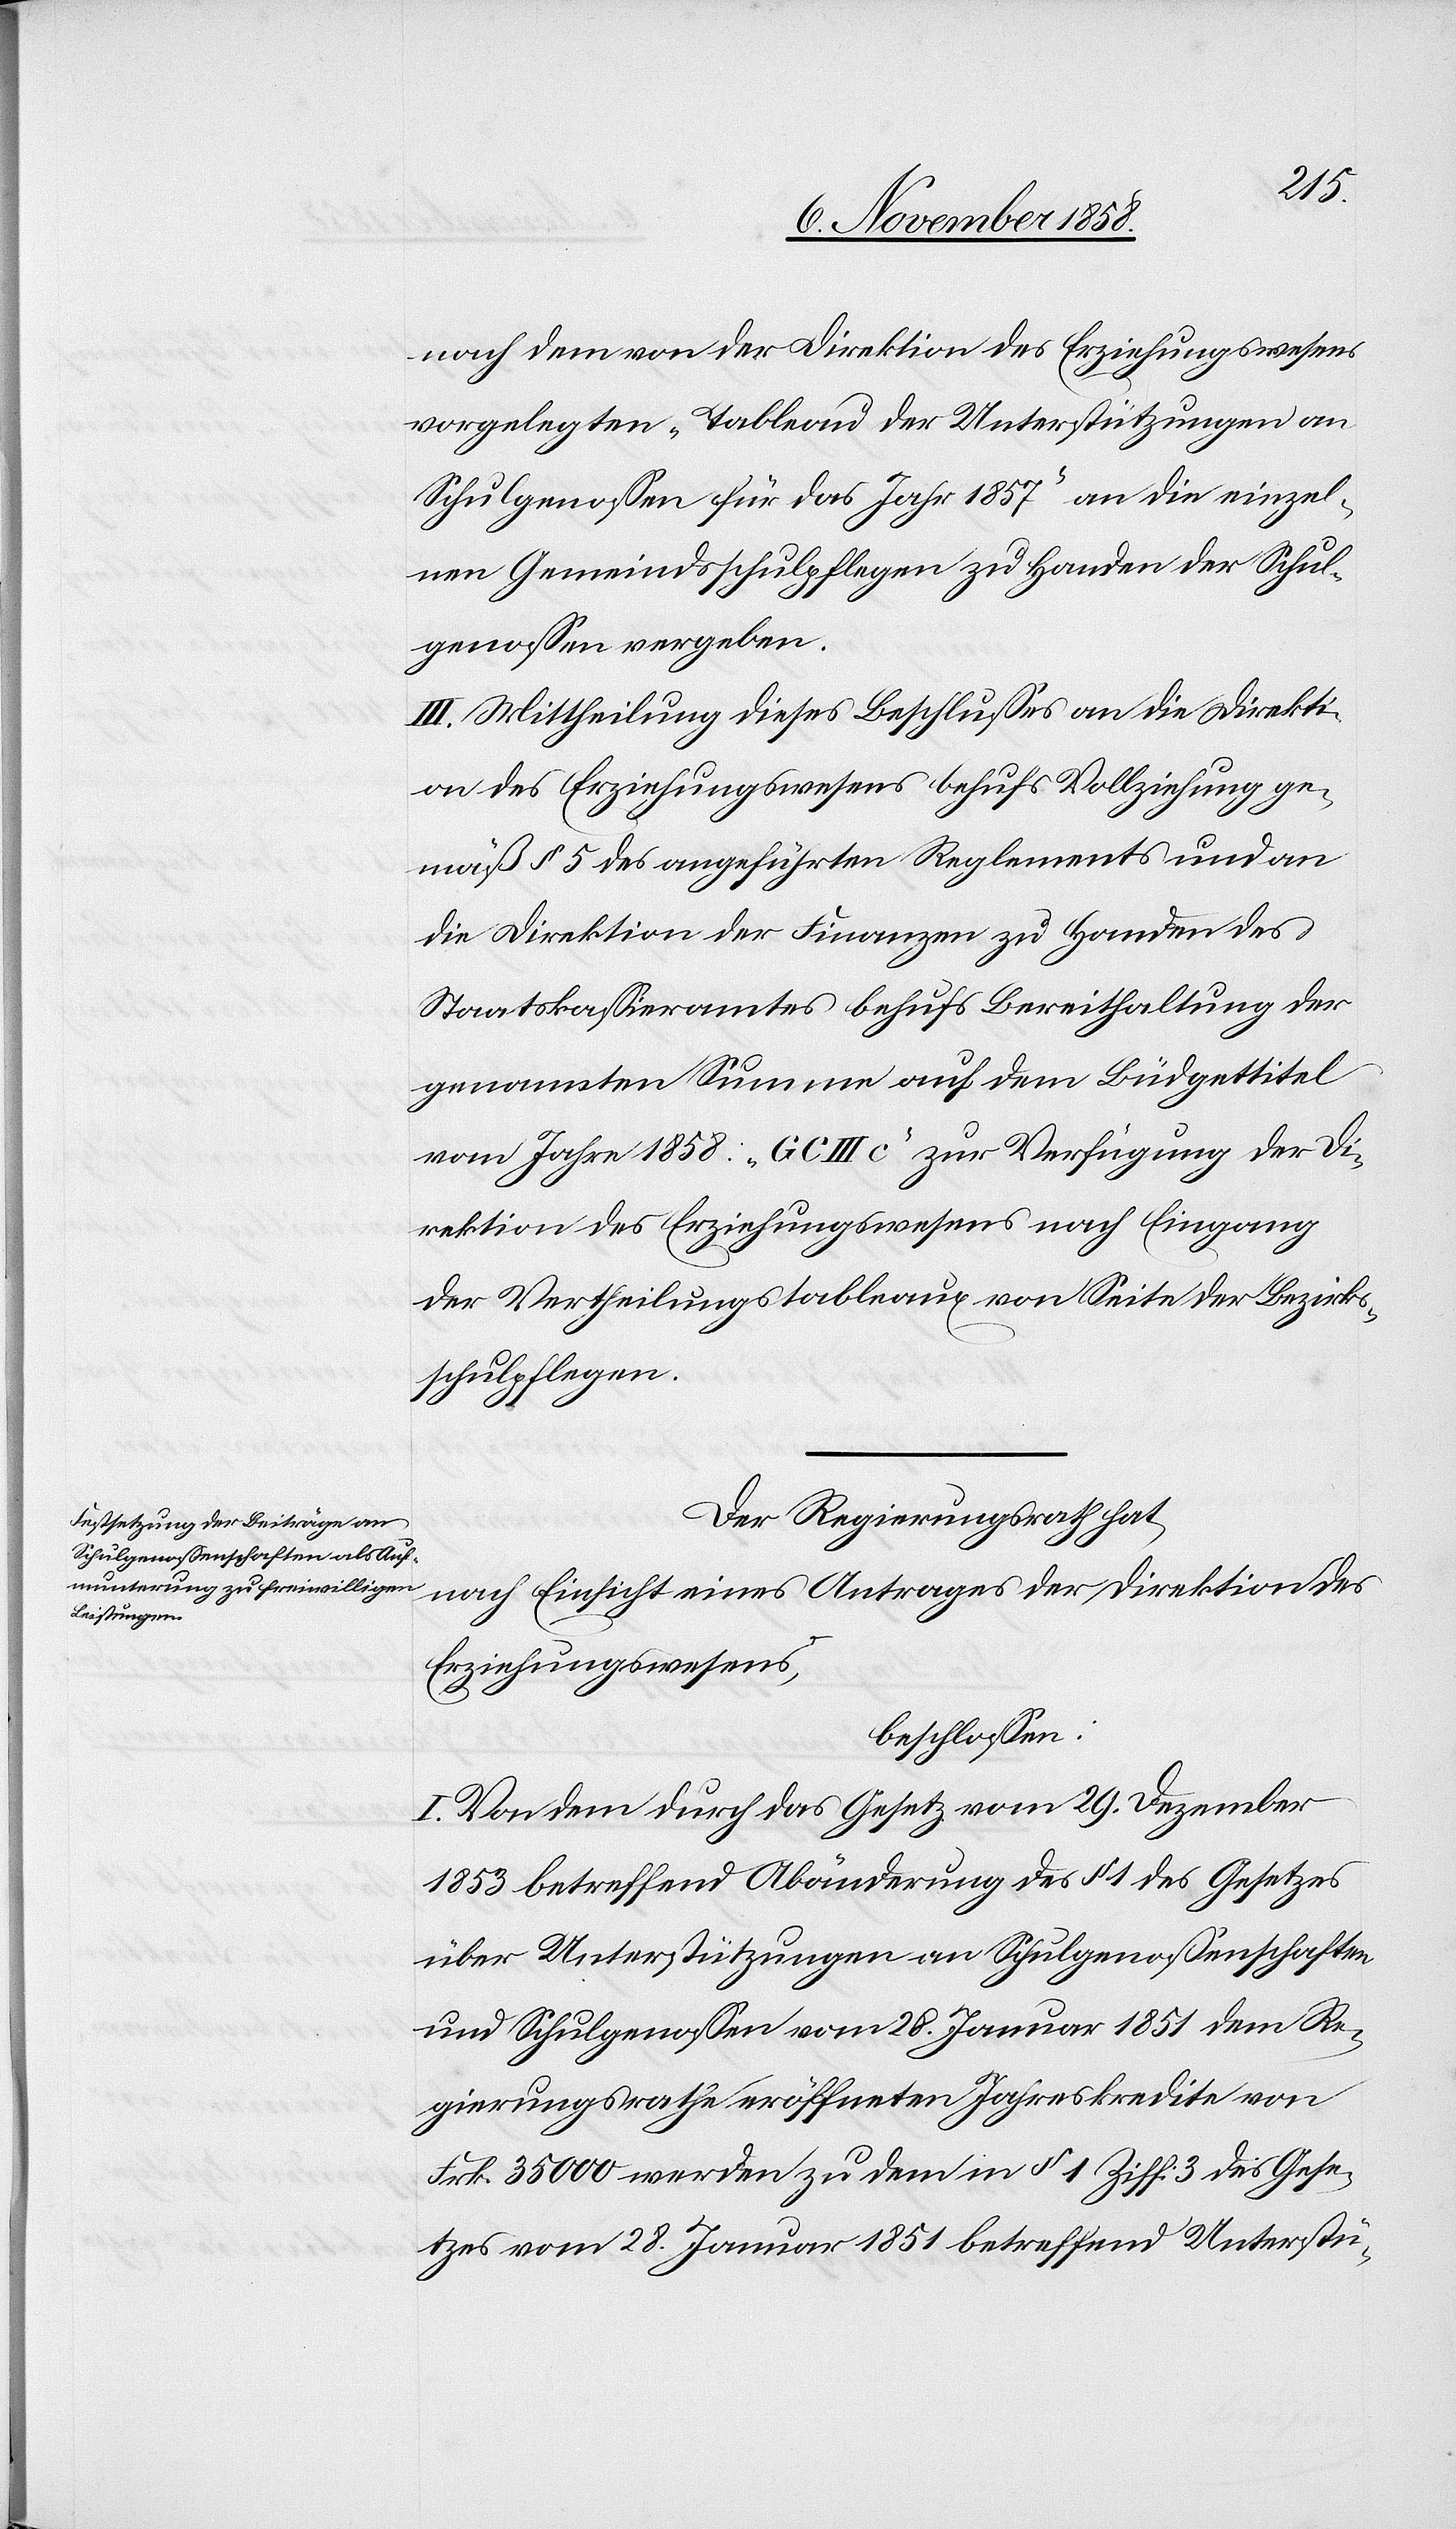
nach dem von der Direktion des Erziehungswesens
vorgelegten „Tableau der Unterstützungen an
Schulgenossen für das Jahr 1857“ an die einzel¬
nen Gemeindsschulpflegen zu Handen der Schul¬
genossen vergeben.
III. Mittheilung dieses Beschlusses an die Direkti¬
on des Erziehungswesens behufs Vollziehung ge¬
mäß § 5 des angeführten Reglements und an
die Direktion der Finanzen zu Handen des
Staatskassieramtes behufs Bereithaltung der
genannten Summe auf dem Büdgettitel
vom Jahre 1858: „G C III c“ zur Verfügung der Di¬
rektion des Erziehungswesens nach Eingang
der Vertheilungstableaux von Seite der Bezirks¬
schulpflegen.
Der Regierungsrath hat,
nach Einsicht eines Antrages der Direktion des
Erziehungswesens,
beschlossen:
I. Von dem durch das Gesetz vom 29. Dezember
1853 betreffend Abänderung des § 1 des Gesetzes
über Unterstützungen an Schulgenossenschaften
und Schulgenossen vom 28. Januar 1851 dem Re¬
gierungsrathe eröffneten Jahreskredite von
Frk. 35 000 werden zu dem in § 1 Ziff. 3 des Gese¬
tzes vom 28. Januar 1851 betreffend Unterstü-